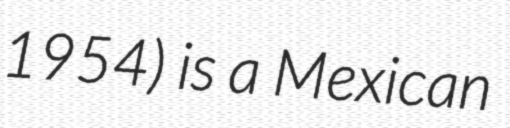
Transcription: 1954) is a Mexican